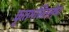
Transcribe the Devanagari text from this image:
कृतभसितलेपः